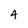
Character: 4